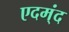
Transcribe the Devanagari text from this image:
एदम्ंद